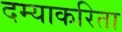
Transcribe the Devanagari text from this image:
दम्याकरिता